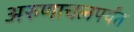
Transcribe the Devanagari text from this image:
अरुणाचलपर्यंत